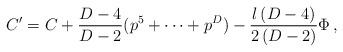
LaTeX: \begin{align*} C^{\prime}=C+{D-4\over D-2}(p^{5}+\dots +p^D) -{l\, (D-4)\over2\, (D-2)}\Phi\, ,\end{align*}